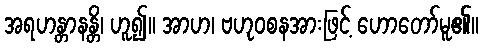
အရဟန္တာနန္တိ၊ ဟူ၍။ အာဟ၊ ဗဟုဝစနအားဖြင့် ဟောတော်မူ၏။